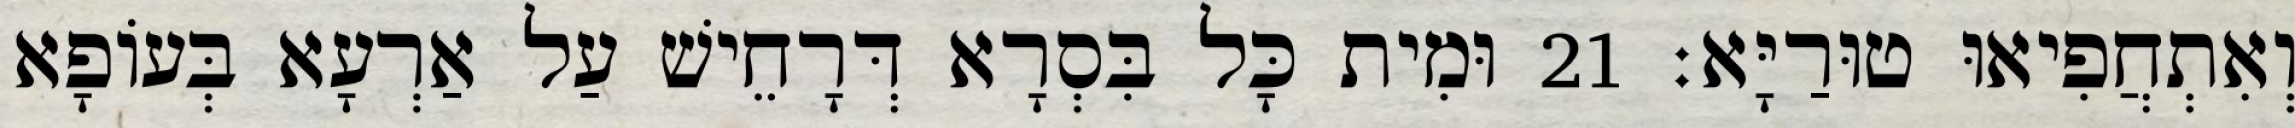
וְאִתְחֲפִיאוּ טוּרַיָּא׃ 21 וּמִית כָּל בִּסְרָא דְּרָחֵישׁ עַל אַרְעָא בְּעוֹפָא